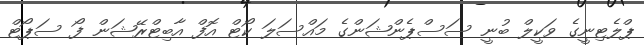
ޕްލެޓިނީގެ ވަކީލް ބުނީ ސަސްޕެންޝަންގެ މައްސަލަ ކޯޓް އޮފް އާބިޓްރޭޝަން ފޯ ސަޕޯޓް